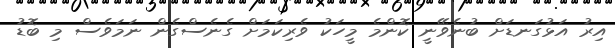
އިރު އަޅުގަނޑަށް ބުނެވޭނީ ކޮންމެ މީހަކު ވެރިކަމަށް ގެނެސްގެން ނަމަވެސް މި ބޮޑު